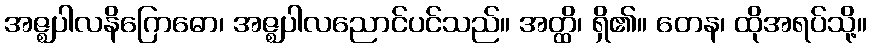
အဇ္ဈပါလနိဂြောဓော၊ အဇ္ဈပါလညောင်ပင်သည်။ အတ္ထိ၊ ရှိ၏။ တေန၊ ထိုအရပ်သို့။